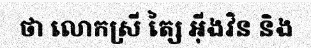
ថា លោកស្រី ត្សៃ អ៊ីងវិន និង